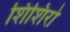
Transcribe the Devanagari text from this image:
शिशिरो